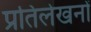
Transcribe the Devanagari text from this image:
प्रतिलेखनों